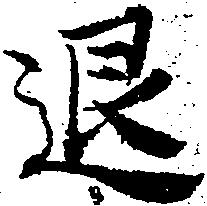
退